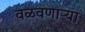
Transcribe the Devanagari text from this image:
वळवणाऱ्या